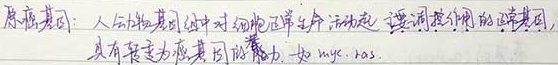
原癌基因：人的基因组中对细胞正常生命活动起主要调控作用的正常基因，具有转变为癌基因的能力，如 \(myc\)、\(ras\)。